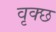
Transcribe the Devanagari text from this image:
वृक्छ